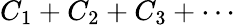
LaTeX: C_{1}+C_{2}+C_{3}+\cdots